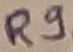
Text: R9